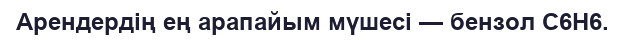
Арендердің ең арапайым мүшесі — бензол С6Н6.